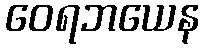
ဝေရဘယေန